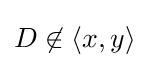
D\not \in \langle x,y\rangle